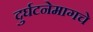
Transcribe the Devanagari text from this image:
दुर्घटनेमागचे